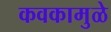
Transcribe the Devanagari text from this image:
कवकामुळे